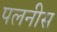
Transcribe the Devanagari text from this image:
पलनीस